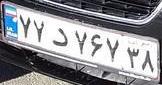
۷۷د۷۶۷۳۸